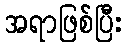
အရာဖြစ်ပြီး